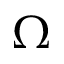
\Omega